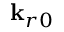
\mathbf { k } _ { r 0 }